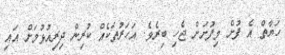
ހަޔާތް އެ ފުށް މިފުށަށް ޖެހި ބިރެވެ. އަހަރުތަކެއް ކުރިން ދިރިއުޅުމަށް އައި